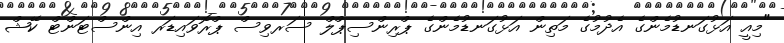
"މިއީ އަޅުގަނޑުމެންގެ އެދުމުގެ މަތިން އަޅުގަނޑުމެންގެ ޕްރިންސިޕްލް ސަރވިސް ޕްރޮވައިޑަރ އިންސްޓަންޓް ކޭޝް